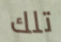
تلك